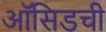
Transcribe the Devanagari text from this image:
ऑसिडची